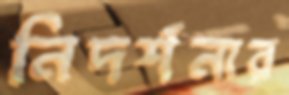
নিদর্শনার